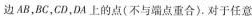
边AB，BC，CD，DA上的点(不与端点重合)。对于任意